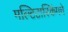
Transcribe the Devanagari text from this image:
मल्टिटास्किंगचे